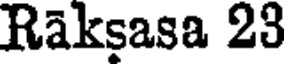
Raksasa 23